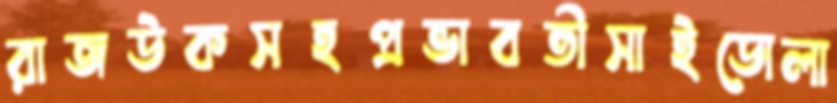
রাজউকসহপ্রভাবতীসাইডোলা